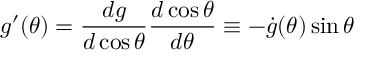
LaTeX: g ^ { \prime } ( \theta ) = \frac { d g } { d \cos \theta } \frac { d \cos \theta } { d \theta } \equiv - \dot { g } ( \theta ) \sin \theta